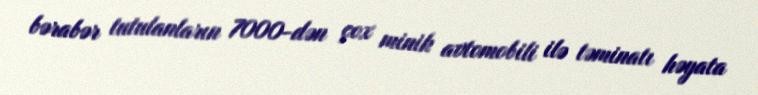
bərabər tutulanların 7000-dən çox minik avtomobili ilə təminatı həyata